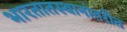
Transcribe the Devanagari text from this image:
भारतातस्थानांतरीत